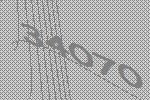
34070